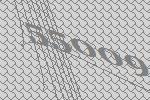
55009